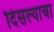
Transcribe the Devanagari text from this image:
दिसल्याचा